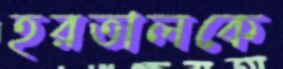
হরতালকে